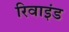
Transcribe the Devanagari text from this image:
रिवाइंड